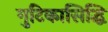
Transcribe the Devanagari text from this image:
गुटिकासिद्धि